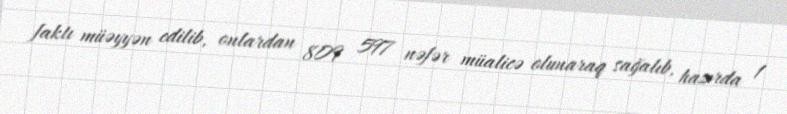
faktı müəyyən edilib, onlardan 809 597 nəfər müalicə olunaraq sağalıb, hazırda 1